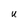
Character: U